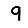
Digit: 9